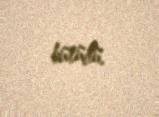
bürüdü.